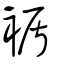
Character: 䙉